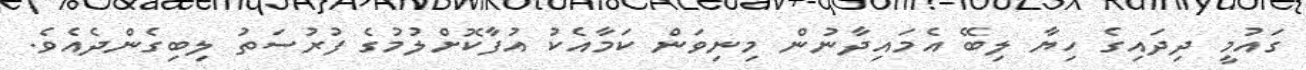
ގައުމީ ދިދައިގެ ހިޔާ ލިބޭ އެމައިދާނުން މިނިވަން ކަމާއެކު އުފާކޮށްލުމުގެ ފުރުސަތު ލިބިގެންދެއެވެ.